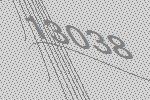
13038